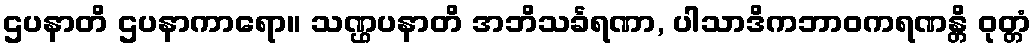
ဌပနာတိ ဌပနာကာရော။ သဏ္ဌပနာတိ အဘိသင်္ခရဏာ, ပါသာဒိကဘာဝကရဏန္တိ ဝုတ္တံ